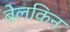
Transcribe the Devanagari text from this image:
बेलकिन